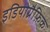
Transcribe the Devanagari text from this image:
इडियोग्रैफ़िक